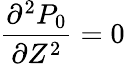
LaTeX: \frac{\partial^{2}P_{0}}{\partial Z^{2}}=0